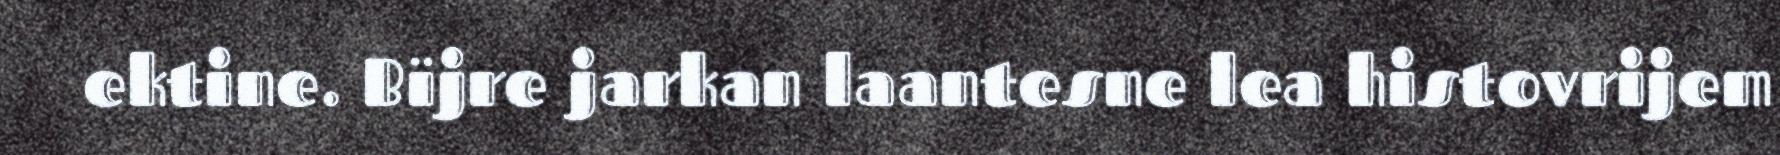
ektine. Bïjre jarkan laantesne lea histovrijem